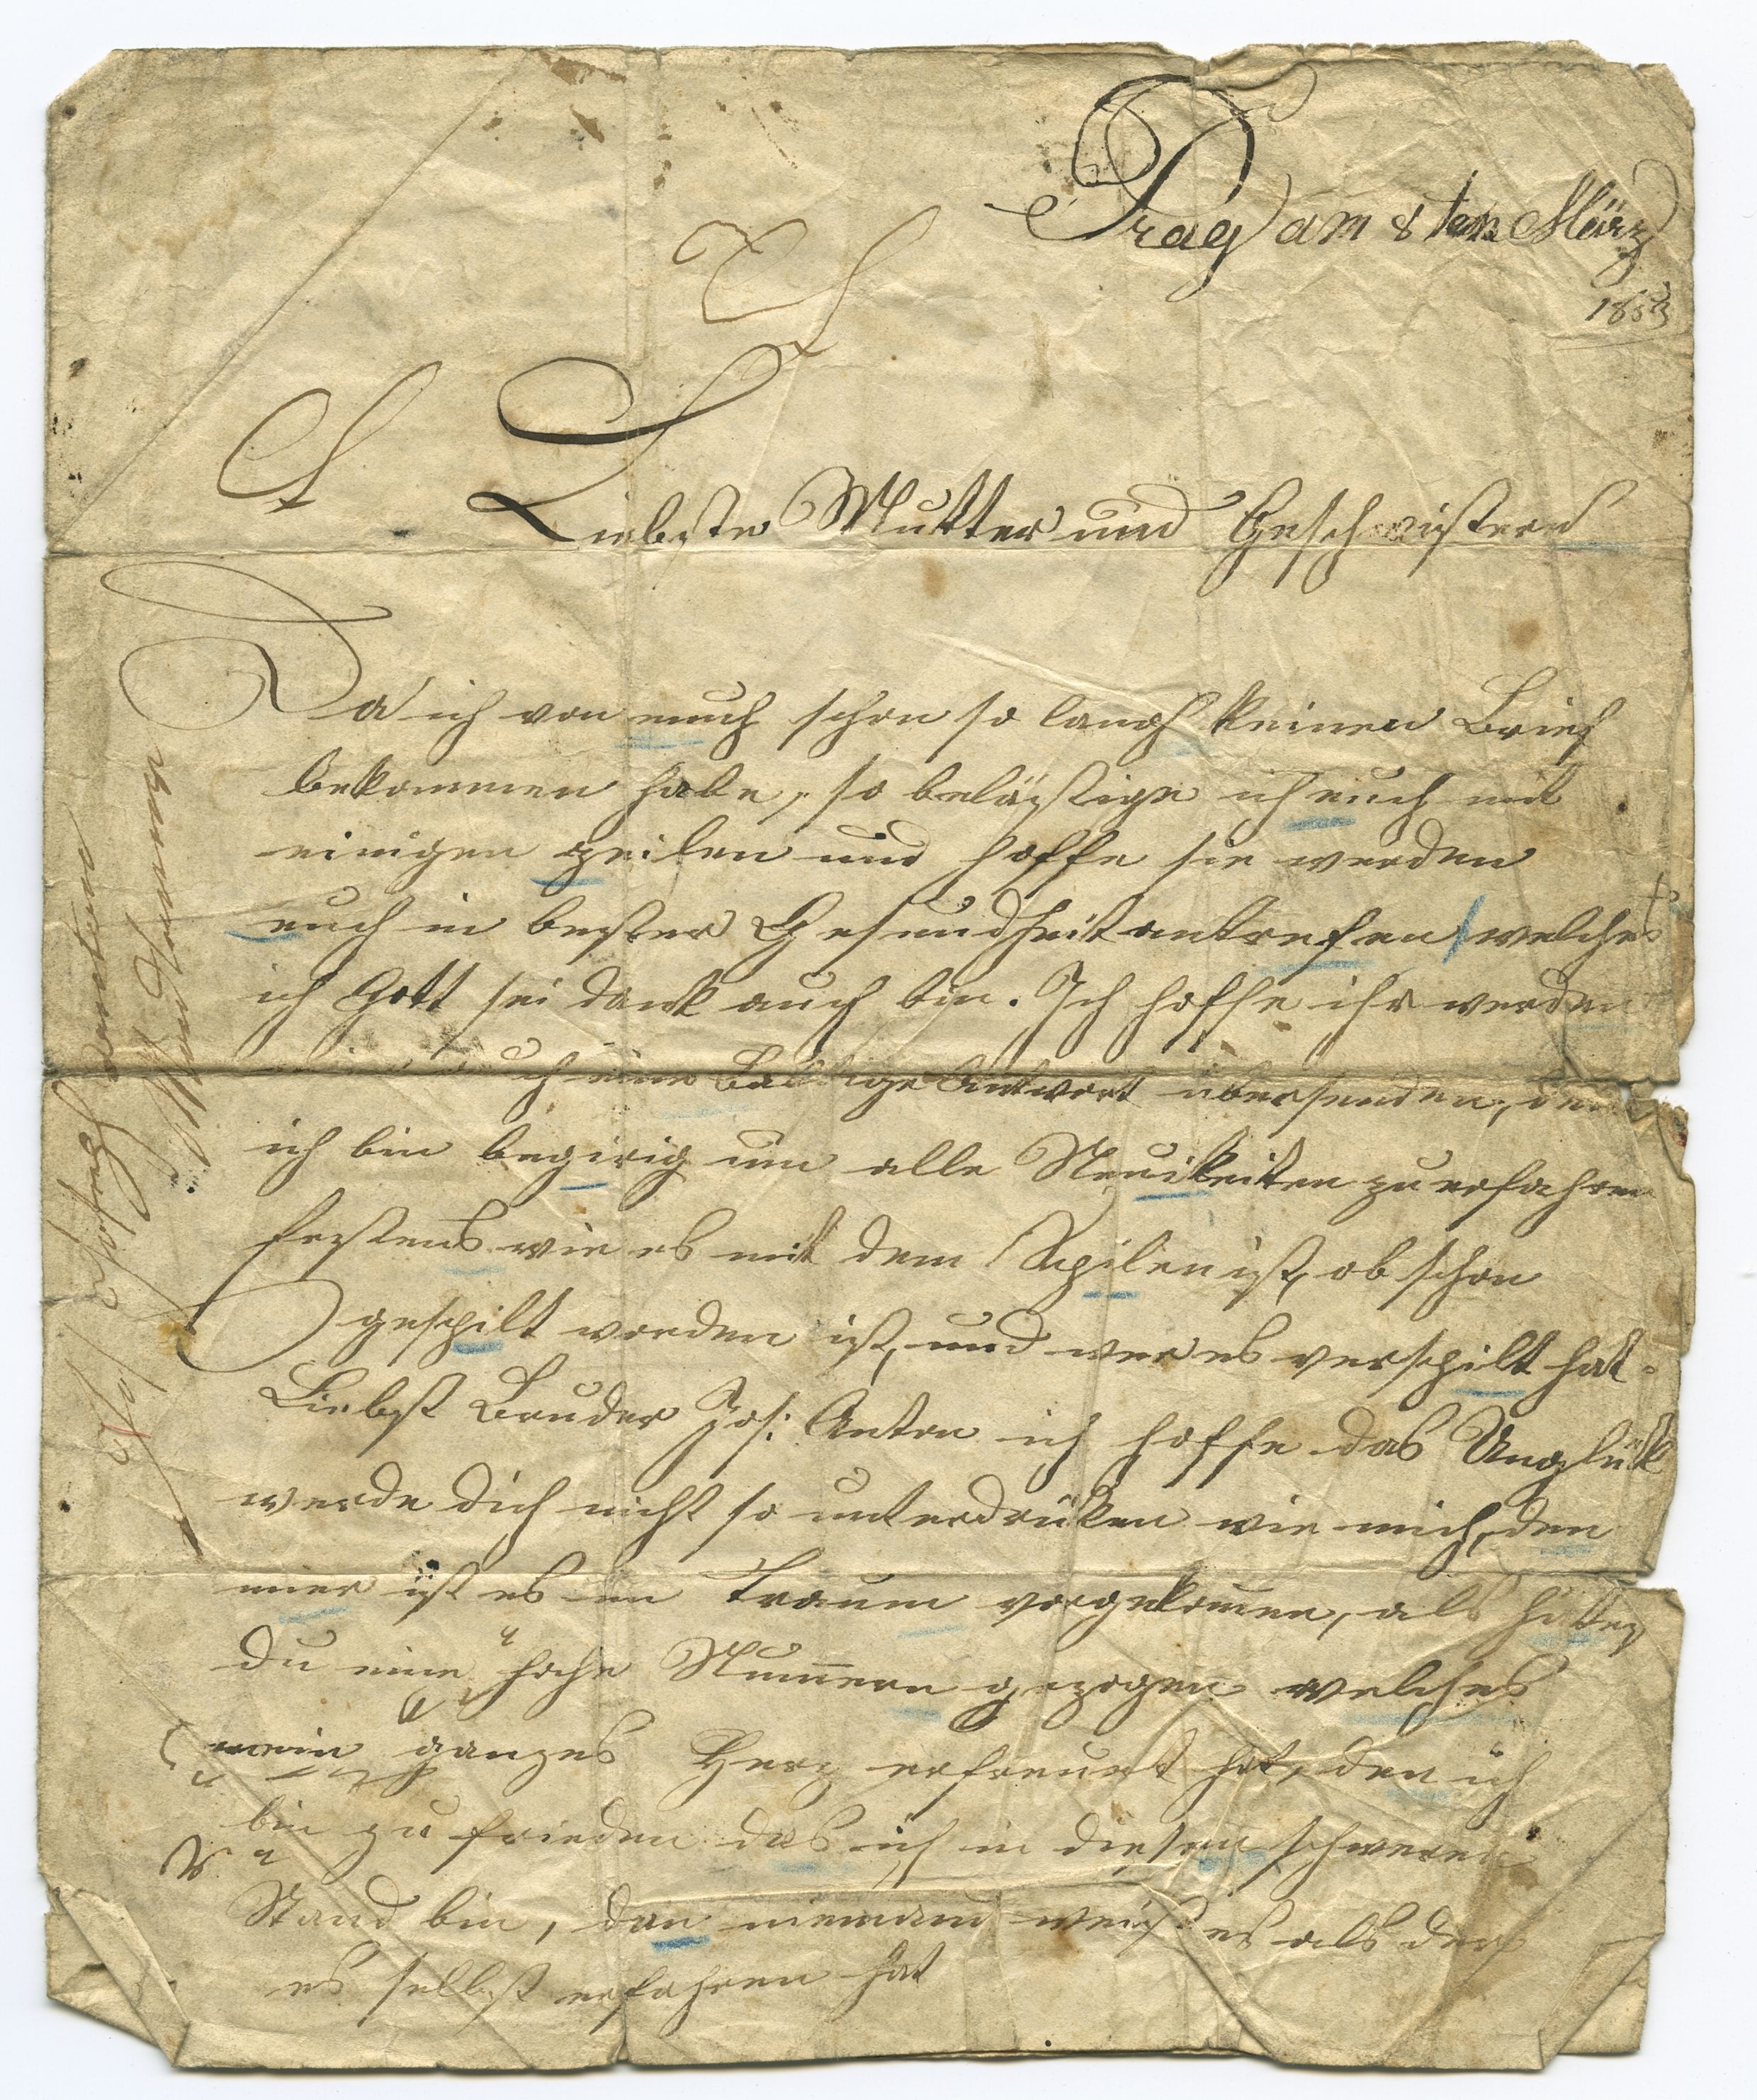
Prag am 8 ten März
1859
Liebste Mutter und Geschwistern
Da ich von euch schon so lange keinen Brief
bekommen habe, so belästige ich euch mit
einigen zeilen und hoffe sie werden
euch in bester Gesundheit antrefen, welches
ich Gott sei Dank auch bin. Ich hoffe ihr werdet
uch eine baldige Antwort übersenden, denn
ich bin begierig um alle Neuigkeiten zu erfahren
Erstens wie es mit dem Spilen ist, ob schon
gespilt worden ist, und wer es verspilt hat.
Liebst Bruder Jos: Anton ich hoffe das Unglük
werde Dich nicht so unterdrücken wie mich, den
mier ist es im Traum vorgekommen, als hättest
Du eine hohe Nummern gezogen welches
mein ganzes Herz erfreuet hat, den ich
bin zu frieden das ich in diesen schweren
Stand bin, dan niemand weiß es als der
es selbst erfahren hat.
Jos. Joseph Anton
Mdt